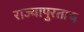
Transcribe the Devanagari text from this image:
राज्यापुरताच